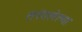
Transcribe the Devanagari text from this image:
तरंगलेल्या